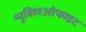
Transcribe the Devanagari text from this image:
न्यूक्लिओफाइट